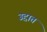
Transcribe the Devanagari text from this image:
उद्दात्त